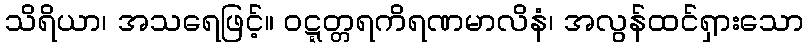
သိရိယာ၊ အသရေဖြင့်။ ဝဋ္ဋတ္တရကိရဏမာလိနံ၊ အလွန်ထင်ရှားသော